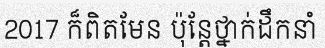
2017 ក៏ពិតមែន ប៉ុន្តែថ្នាក់ដឹកនាំ